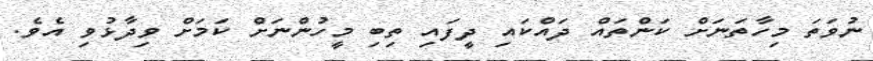
ނުވަތަ މިހާތަނަށް ކަންތައް ދައްކައި ދީފައި ތިބި މީހުންނަށް ކަމަށް ވިދާޅުވި އެވެ.